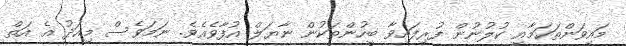
މައިވަންތަކަމާއި ކުލުނުން ފުރިފައިވާ ބީހުންތަކުން ނާޔަލް އުފާވެއެވެ. ނަމަވެސް މިއަދު އެ އަތް